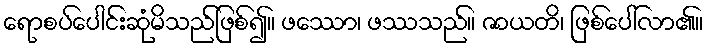
ရောစပ်ပေါင်းဆုံမိသည်ဖြစ်၍။ ဖဿော၊ ဖဿသည်။ ဇာယတိ၊ ဖြစ်ပေါ်လာ၏။